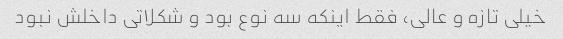
خیلی تازه و عالی، فقط اینکه سه نوع بود و شکلاتی داخلش نبود